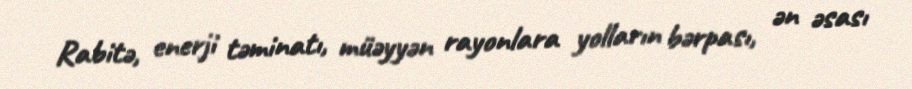
Rabitə, enerji təminatı, müəyyən rayonlara yolların bərpası, ən əsası